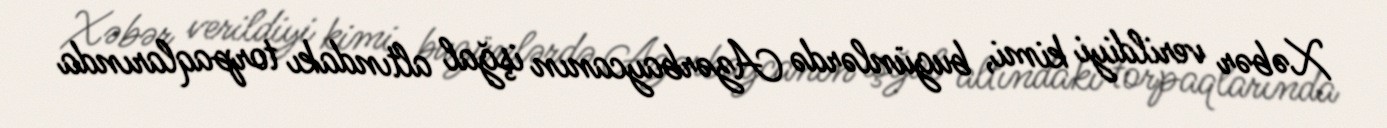
Xəbər verildiyi kimi, bugünlərdə Azərbaycanın işğal altındakı torpaqlarında